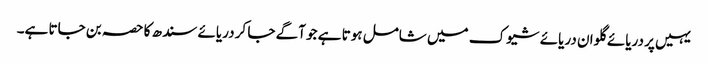
یہیں پر دریائے گلوان دریائے شیوک میں شامل ہوتا ہے جو آگے جا کر دریائے سندھ کا حصہ بن جاتا ہے۔